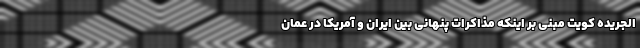
الجریده کویت مبنی بر اینکه مذاکرات پنهانی بین ایران و آمریکا در عمان